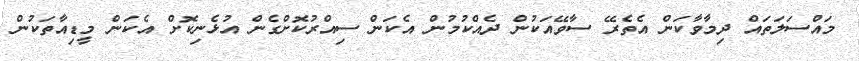
މައްސަލަތައް ދިމާވާކަން އެތެރޭ ސާވޭއަކުން ދެއްކުމުން އެކަން ސިއްރުކޮށްގެން އުޅެނިކޮށް އެކަން މީޑިއާތަކުން